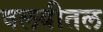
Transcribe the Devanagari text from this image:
वलयीतल